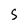
Character: S